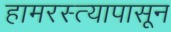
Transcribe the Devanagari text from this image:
हामरस्त्यापासून